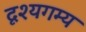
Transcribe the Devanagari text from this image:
दृश्यगम्य